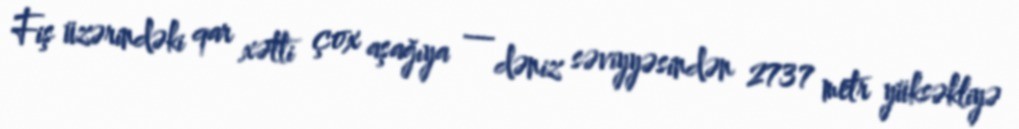
Fiş üzərindəki qar xətti çox aşağıya — dəniz səviyyəsindən 2737 metr yüksəkliyə